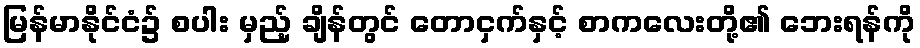
မြန်မာနိုင်ငံ၌ စပါး မှည့် ချိန်တွင် တောငှက်နှင့် စာကလေးတို့၏ ဘေးရန်ကို